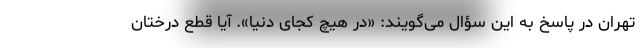
تهران در پاسخ به این سؤال می‌گویند: «در هیچ کجای دنیا». آیا قطع درختان